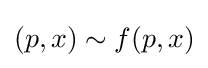
(p,x)\sim f(p,x)